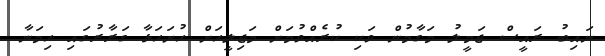
ނައިބު ރައީސް ޖަމީލު މަގާމުން ވަކި ކުރެއްވުމަށް މަޖިލީހަށް ހުށަހަޅާ ގަރާރުގައި ހިމަނާ